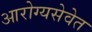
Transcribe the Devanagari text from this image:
आरोग्यसेवेत